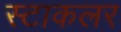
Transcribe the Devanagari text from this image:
स्टाकलर